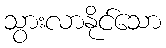
သွားလာနိုင်သော